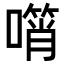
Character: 𠿫